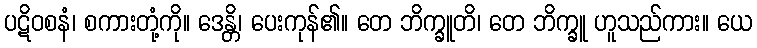
ပဋိဝစနံ၊ စကားတုံ့ကို။ ဒေန္တိ၊ ပေးကုန်၏။ တေ ဘိက္ခူတိ၊ တေ ဘိက္ခူ ဟူသည်ကား။ ယေ